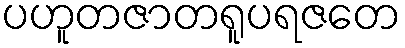
ပဟူတဇာတရူပရဇတေ